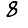
Digit: 8